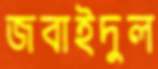
জবাইদুল